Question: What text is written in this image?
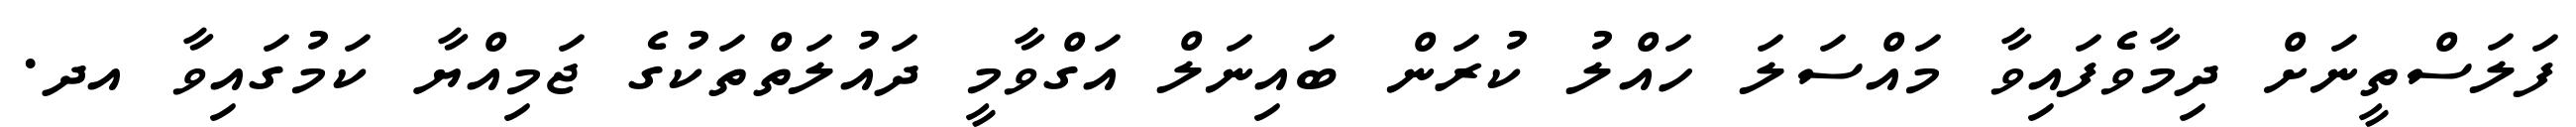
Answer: ފަލަސްތީނަށް ދިމާވެފައިވާ މައްސަލަ ހައްލު ކުރަން ބައިނަލް އަގްވާމީ ދައުލަތްތަކުގެ ޖަމިއްޔާ ކަމުގައިވާ އދ.